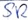
Text: SR